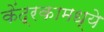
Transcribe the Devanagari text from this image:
केंद्रकामध्ये